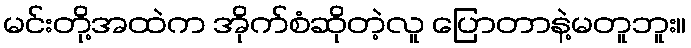
မင်းတို့အထဲက အိုက်စံဆိုတဲ့လူ ပြောတာနဲ့မတူဘူး။